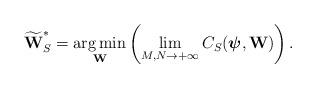
LaTeX: \begin{align*}\widetilde{\textbf{W}}_S^* = \mathop{\arg\min}\limits_{\textbf{W}}\left(\mathop {\lim}\limits_{M,N \to + \infty }C_S(\boldsymbol{\psi},\textbf{W})\right).\end{align*}